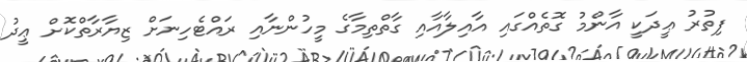
ފިތުރު ޢީދަކީ އާންމު ގޮތެއްގައި އާއިލާއާއި ގާތްތިމާގެ މީހުންނާއި ރައްޓެހިނަށް ޒިޔާރާތްކޮށް ޢީދު